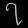
Digit: ၇